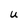
Character: U